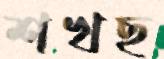
শখছ